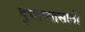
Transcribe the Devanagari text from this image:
दुभाष्यासाठी